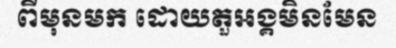
ពីមុនមក ដោយតួអង្គមិនមែន